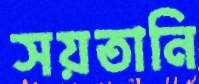
সয়তানি